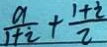
\frac { a } { 1 + i } + \frac { 1 + i } { 2 }